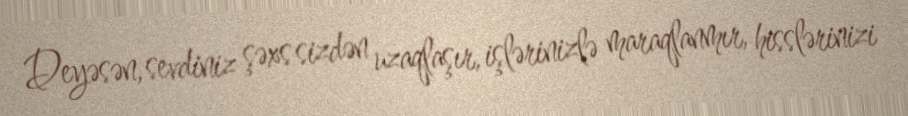
Deyəsən, sevdiniz şəxs sizdən uzaqlaşır, işlərinizlə maraqlanmır, hisslərinizi